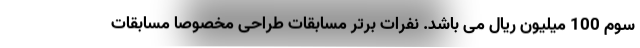
سوم 100 میلیون ریال می باشد. نفرات برتر مسابقات طراحی مخصوصا مسابقات